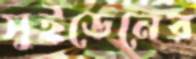
সুইডেনের